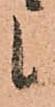
候